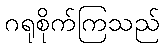
ဂရုစိုက်ကြသည်